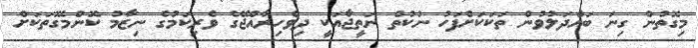
މިގޮތުން ގިނަ ބައްދަލުވުން ތަކަކަށްފަހު ނުކުތް ނަތީޖާއަކީ ދިވެހިރާއްޖޭގެ ވެރިކަމުގެ ނިޒާމު ކޮންމެގޮތަކަށް